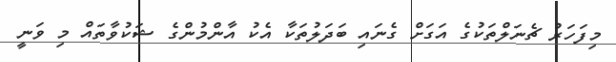
މިފަހަރު ޗެނަލްތަކުގެ އަގަށް ގެނައި ބަދަލުތަކާ އެކު އާންމުންގެ ޝަކުވާތައް މި ވަނީ